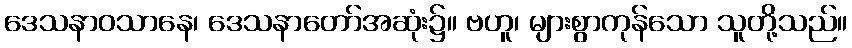
ဒေသနာဝသာနေ၊ ဒေသနာတော်အဆုံး၌။ ဗဟူ၊ များစွာကုန်သော သူတို့သည်။